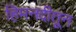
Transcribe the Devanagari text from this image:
हिमनदीतून